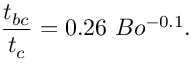
\frac { t _ { b c } } { t _ { c } } = 0 . 2 6 ~ B o ^ { - 0 . 1 } .